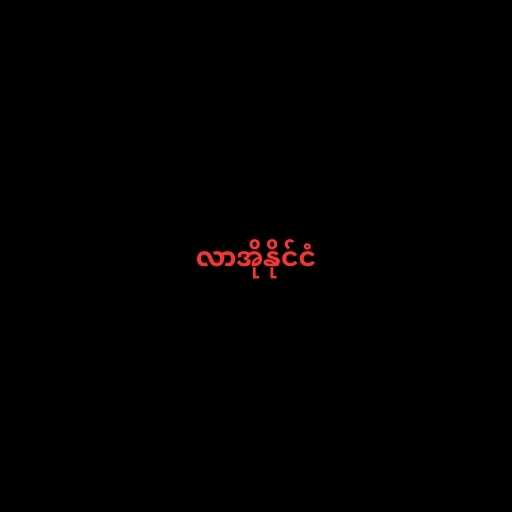
လာအိုနိုင်ငံ